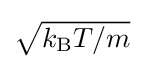
{\textstyle {\sqrt {k_{\text{B}}T/m}}}